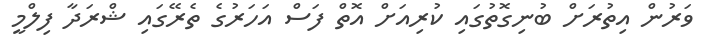
ވަރުން އިތުރަށް ބުނިގޮތުގައި ކުރިއަށް އޮތް ފަސް އަހަރުގެ ތެރޭގައި ޝްރަދާ ފިލްމީ